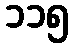
၁၁၅